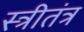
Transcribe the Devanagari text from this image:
स्त्रीतंत्र